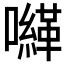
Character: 𡃈